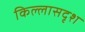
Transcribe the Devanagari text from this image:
किल्लासदृश